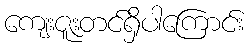
ကျေးဇူးတင်ရှိပါကြောင်း